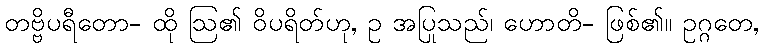
တဗ္ဗိပရီတော- ထို ဩ၏ ဝိပရိတ်ဟု, ဥ အပြုသည်၊ ဟောတိ- ဖြစ်၏။ ဥဂ္ဂတေ,